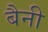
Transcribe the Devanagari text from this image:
बैनी